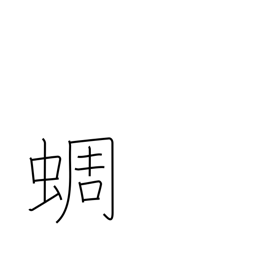
Meaning: clear-toned cicada